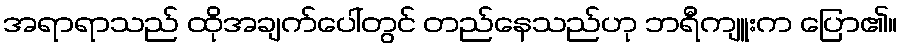
အရာရာသည် ထိုအချက်ပေါ်တွင် တည်နေသည်ဟု ဘရီကျူးက ပြော၏။